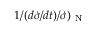
1 / ( d \dot { \sigma } / d t ) / \dot { \sigma } ) _ { \mathrm { ~ N ~ } }